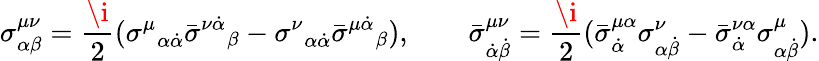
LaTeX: \sigma_{\alpha\beta}^{\mu\nu}=\frac{\i}{2}({\sigma^{\mu}}_{\alpha\dot{\alpha}}\bar{\sigma}^{\nu\dot{\alpha}}{}_{\beta}-{\sigma^{\nu}}_{\alpha\dot{\alpha}}\bar{\sigma}^{\mu\dot{\alpha}}{}_{\beta}),\qquad\bar{\sigma}_{\dot{\alpha}\dot{\beta}}^{\mu\nu}=\frac{\i}{2}(\bar{\sigma}_{\dot{\alpha}}^{\mu\alpha}\sigma_{\alpha\dot{\beta}}^{\nu}-\bar{\sigma}_{\dot{\alpha}}^{\nu\alpha}\sigma_{\alpha\dot{\beta}}^{\mu}).